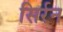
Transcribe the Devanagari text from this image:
सिर्रन